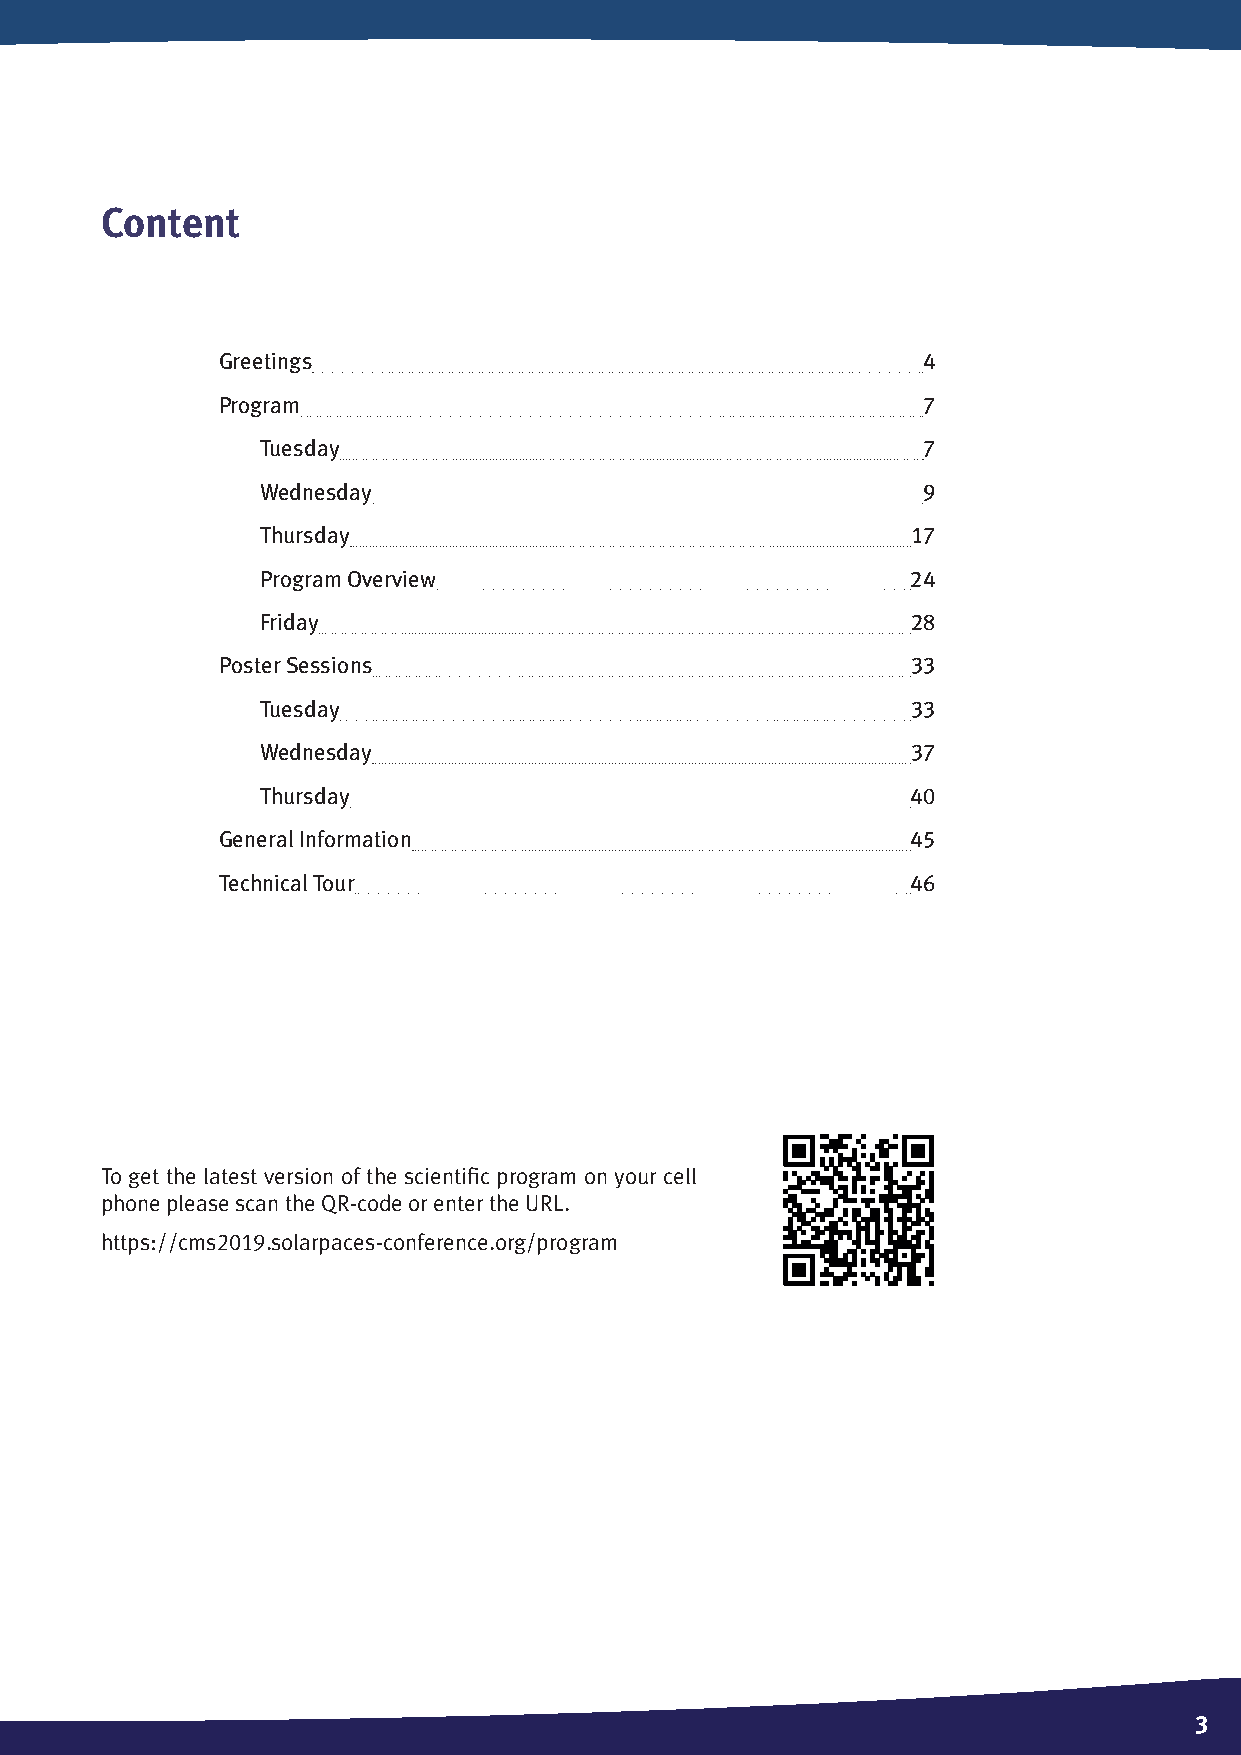
Content
 Greetings                                      4
 Program                                        7
 Tuesday                                     7
 Wednesday                                   9
 Thursday                                   17
 Program Overview                           24
 Friday                                     28
 Poster Sessions                               33
 Tuesday                                    33
 Wednesday                                  37
 Thursday                                   40
 General Information                           45
 Technical Tour                                46
 To get the latest version of the scientific program on your cell
 phone please scan the QR-code or enter the URL.
 https://cms2019.solarpaces-conference.org/program
 3